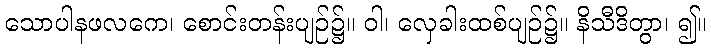
သောပါနဖလကေ၊ စောင်းတန်းပျဉ်၌။ ဝါ၊ လှေခါးထစ်ပျဉ်၌။ နိသီဒိတွာ၊ ၍။